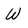
Character: W